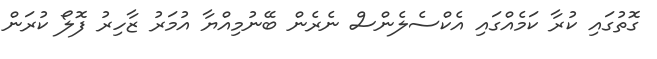
ގޮތުގައި ކުރާ ކަމެއްގައި އެކްސެލެންސް ނެރެން ބޭނުމިއްޔާ އުމަރު ޒާހިރު ފޮލޯ ކުރަން